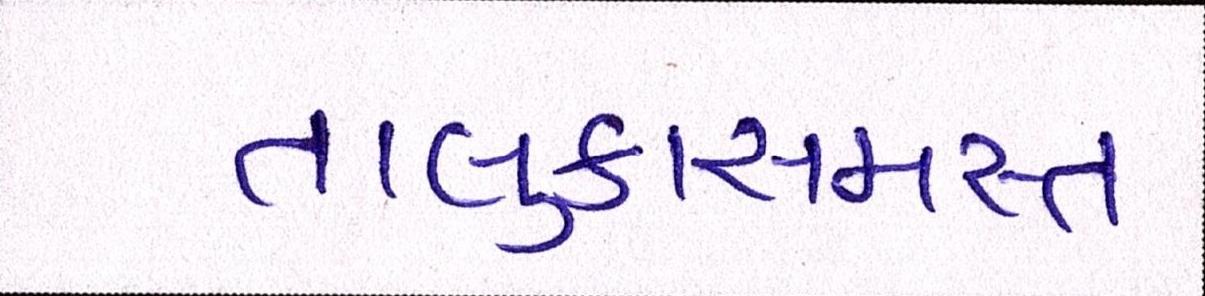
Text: તાલુકાસમસ્ત